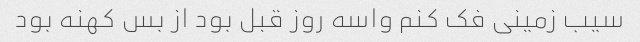
سیب زمینی فک کنم واسه روز قبل بود از بس کهنه بود